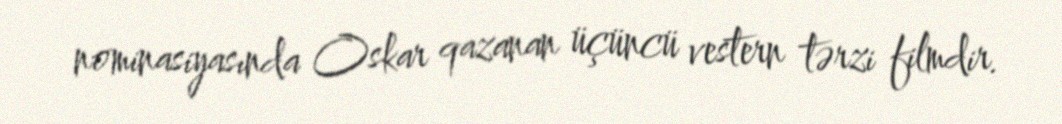
nominasiyasında Oskar qazanan üçüncü vestern tərzi filmdir.